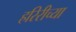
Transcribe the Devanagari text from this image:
हरिरीच्या